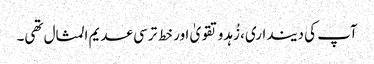
آپ کی دینداری، زُہدو تقویٰ اور خط ترسی عدیم المثال تھی۔